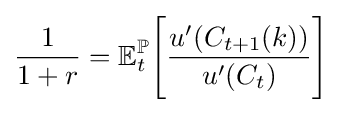
{\frac {1}{1+r}}=\mathbb {E} _{t}^{\mathbb {P} }{\Bigg [}{\frac {u^{\prime }(C_{t+1}(k))}{u^{\prime }(C_{t})}}{\Bigg ]}